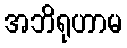
အဘိရုဟာမ